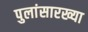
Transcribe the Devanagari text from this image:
पुलांसारख्या